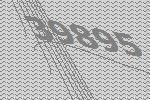
39895